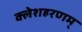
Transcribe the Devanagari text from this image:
क्लेशहरणम्